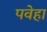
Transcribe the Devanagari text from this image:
पवेहा